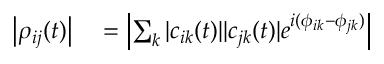
\begin{array} { r l } { \left| \rho _ { i j } ( t ) \right| } & { { } = \left| \sum _ { k } | c _ { i k } ( t ) | | c _ { j k } ( t ) | e ^ { i ( \phi _ { i k } - \phi _ { j k } ) } \right| } \end{array}